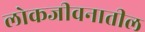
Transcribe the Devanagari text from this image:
लोकजीवनातील